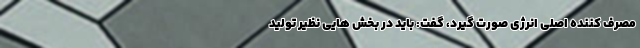
مصرف کننده اصلی انرژی صورت گیرد، گفت: باید در بخش هایی نظیر تولید